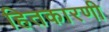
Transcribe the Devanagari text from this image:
हितकारणी